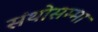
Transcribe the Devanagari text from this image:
संथोसम्मा